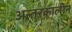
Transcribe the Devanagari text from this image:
अन्तरकालीन